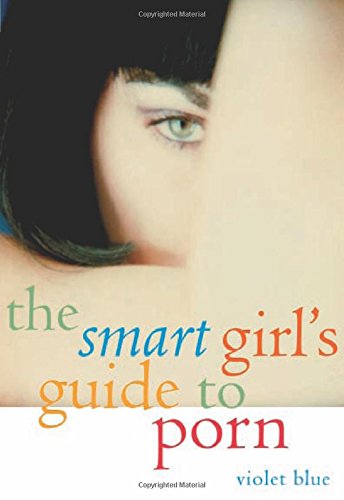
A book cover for The Smart Girl's Guide to Porn; Violet Blue; Health, Fitness & Dieting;